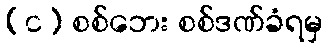
(င) စစ်ဘေး စစ်ဒဏ်ခံရမှ